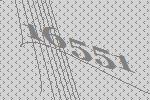
16551